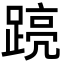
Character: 𮛽